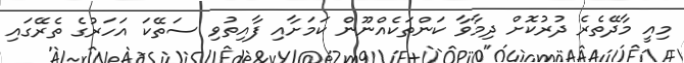
މިއީ މާދޭތެރެ ދުރުކޮށް ދިމާވާ ކަންތަކެއްނޫން ކަމަށާއި ފާއިތުވި ސަތޭކަ އަހަރުގެ ތެރޭގައި